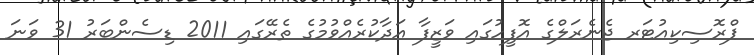
ޕްރޮސިކިއުޓަރ ޖެނެރަލްގެ އޮފީހުގައި ވަޒީފާ އަދާކުރެއްވުމުގެ ތެރޭގައި 2011 ޑިސެންބަރު 31 ވަނަ